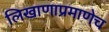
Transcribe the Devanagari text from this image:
लिखाणाप्रमाणेच